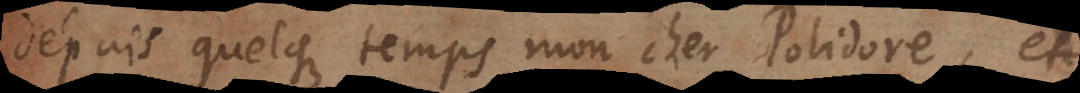
depuis quelque temps, mon cher Polidore, et